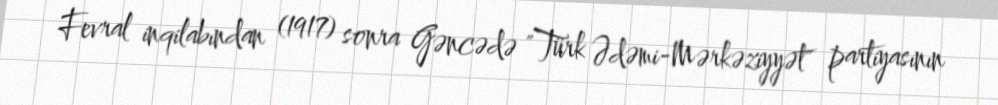
Fevral inqilabından (1917) sonra Gəncədə "Türk Ədəmi-Mərkəziyyət" partiyasının